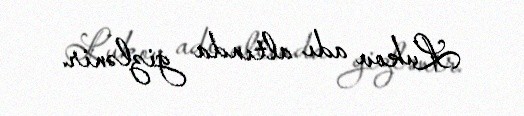
Lukov adı altında gizlənir.